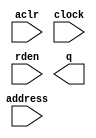
// megafunction wizard: %ROM: 1-PORT%VBB%
// GENERATION: STANDARD
// VERSION: WM1.0
// MODULE: altsyncram 

// ============================================================
// Megafunction Name(s):
// 			altsyncram
//
// Simulation Library Files(s):
// 			altera_mf
// ============================================================
// ************************************************************
// THIS IS A WIZARD-GENERATED FILE. DO NOT EDIT THIS FILE!
//
// 18.1.0 Build 625 09/12/2018 SJ Lite Edition
// ************************************************************

//Copyright (C) 2018  Intel Corporation. All rights reserved.
//Your use of Intel Corporation's design tools, logic functions 
//and other software and tools, and its AMPP partner logic 
//functions, and any output files from any of the foregoing 
//(including device programming or simulation files), and any 
//associated documentation or information are expressly subject 
//to the terms and conditions of the Intel Program License 
//Subscription Agreement, the Intel Quartus Prime License Agreement,
//the Intel FPGA IP License Agreement, or other applicable license
//agreement, including, without limitation, that your use is for
//the sole purpose of programming logic devices manufactured by
//Intel and sold by Intel or its authorized distributors.  Please
//refer to the applicable agreement for further details.

module red32 (
	aclr,
	address,
	clock,
	rden,
	q);

	input	  aclr;
	input	[5:0]  address;
	input	  clock;
	input	  rden;
	output	[7:0]  q;
`ifndef ALTERA_RESERVED_QIS
// synopsys translate_off
`endif
	tri0	  aclr;
	tri1	  clock;
	tri1	  rden;
`ifndef ALTERA_RESERVED_QIS
// synopsys translate_on
`endif

endmodule

// ============================================================
// CNX file retrieval info
// ============================================================
// Retrieval info: PRIVATE: ADDRESSSTALL_A NUMERIC "0"
// Retrieval info: PRIVATE: AclrAddr NUMERIC "1"
// Retrieval info: PRIVATE: AclrByte NUMERIC "0"
// Retrieval info: PRIVATE: AclrOutput NUMERIC "1"
// Retrieval info: PRIVATE: BYTE_ENABLE NUMERIC "0"
// Retrieval info: PRIVATE: BYTE_SIZE NUMERIC "8"
// Retrieval info: PRIVATE: BlankMemory NUMERIC "0"
// Retrieval info: PRIVATE: CLOCK_ENABLE_INPUT_A NUMERIC "0"
// Retrieval info: PRIVATE: CLOCK_ENABLE_OUTPUT_A NUMERIC "0"
// Retrieval info: PRIVATE: Clken NUMERIC "0"
// Retrieval info: PRIVATE: IMPLEMENT_IN_LES NUMERIC "0"
// Retrieval info: PRIVATE: INIT_FILE_LAYOUT STRING "PORT_A"
// Retrieval info: PRIVATE: INIT_TO_SIM_X NUMERIC "0"
// Retrieval info: PRIVATE: INTENDED_DEVICE_FAMILY STRING "Cyclone V"
// Retrieval info: PRIVATE: JTAG_ENABLED NUMERIC "0"
// Retrieval info: PRIVATE: JTAG_ID STRING "NONE"
// Retrieval info: PRIVATE: MAXIMUM_DEPTH NUMERIC "0"
// Retrieval info: PRIVATE: MIFfilename STRING "../red3Intel.hex"
// Retrieval info: PRIVATE: NUMWORDS_A NUMERIC "64"
// Retrieval info: PRIVATE: RAM_BLOCK_TYPE NUMERIC "0"
// Retrieval info: PRIVATE: RegAddr NUMERIC "1"
// Retrieval info: PRIVATE: RegOutput NUMERIC "1"
// Retrieval info: PRIVATE: SYNTH_WRAPPER_GEN_POSTFIX STRING "0"
// Retrieval info: PRIVATE: SingleClock NUMERIC "1"
// Retrieval info: PRIVATE: UseDQRAM NUMERIC "0"
// Retrieval info: PRIVATE: WidthAddr NUMERIC "6"
// Retrieval info: PRIVATE: WidthData NUMERIC "8"
// Retrieval info: PRIVATE: rden NUMERIC "1"
// Retrieval info: LIBRARY: altera_mf altera_mf.altera_mf_components.all
// Retrieval info: CONSTANT: ADDRESS_ACLR_A STRING "CLEAR0"
// Retrieval info: CONSTANT: CLOCK_ENABLE_INPUT_A STRING "BYPASS"
// Retrieval info: CONSTANT: CLOCK_ENABLE_OUTPUT_A STRING "BYPASS"
// Retrieval info: CONSTANT: INIT_FILE STRING "../red3Intel.hex"
// Retrieval info: CONSTANT: INTENDED_DEVICE_FAMILY STRING "Cyclone V"
// Retrieval info: CONSTANT: LPM_TYPE STRING "altsyncram"
// Retrieval info: CONSTANT: NUMWORDS_A NUMERIC "64"
// Retrieval info: CONSTANT: OPERATION_MODE STRING "ROM"
// Retrieval info: CONSTANT: OUTDATA_ACLR_A STRING "CLEAR0"
// Retrieval info: CONSTANT: OUTDATA_REG_A STRING "CLOCK0"
// Retrieval info: CONSTANT: WIDTHAD_A NUMERIC "6"
// Retrieval info: CONSTANT: WIDTH_A NUMERIC "8"
// Retrieval info: CONSTANT: WIDTH_BYTEENA_A NUMERIC "1"
// Retrieval info: USED_PORT: aclr 0 0 0 0 INPUT GND "aclr"
// Retrieval info: USED_PORT: address 0 0 6 0 INPUT NODEFVAL "address[5..0]"
// Retrieval info: USED_PORT: clock 0 0 0 0 INPUT VCC "clock"
// Retrieval info: USED_PORT: q 0 0 8 0 OUTPUT NODEFVAL "q[7..0]"
// Retrieval info: USED_PORT: rden 0 0 0 0 INPUT VCC "rden"
// Retrieval info: CONNECT: @aclr0 0 0 0 0 aclr 0 0 0 0
// Retrieval info: CONNECT: @address_a 0 0 6 0 address 0 0 6 0
// Retrieval info: CONNECT: @clock0 0 0 0 0 clock 0 0 0 0
// Retrieval info: CONNECT: @rden_a 0 0 0 0 rden 0 0 0 0
// Retrieval info: CONNECT: q 0 0 8 0 @q_a 0 0 8 0
// Retrieval info: GEN_FILE: TYPE_NORMAL red32.v TRUE
// Retrieval info: GEN_FILE: TYPE_NORMAL red32.inc FALSE
// Retrieval info: GEN_FILE: TYPE_NORMAL red32.cmp FALSE
// Retrieval info: GEN_FILE: TYPE_NORMAL red32.bsf FALSE
// Retrieval info: GEN_FILE: TYPE_NORMAL red32_inst.v FALSE
// Retrieval info: GEN_FILE: TYPE_NORMAL red32_bb.v TRUE
// Retrieval info: LIB_FILE: altera_mf